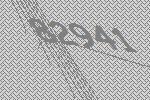
82941